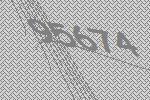
95674